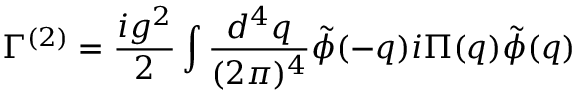
\Gamma ^ { ( 2 ) } = \frac { i g ^ { 2 } } { 2 } \int \frac { d ^ { 4 } q } { ( 2 \pi ) ^ { 4 } } \tilde { \phi } ( - q ) i \Pi ( q ) \tilde { \phi } ( q )